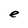
Character: e